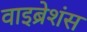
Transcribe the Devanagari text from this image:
वाइब्रेशंस